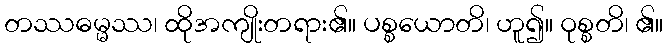
တဿဓမ္မဿ၊ ထိုအကျိုးတရား၏။ ပစ္စယောတိ၊ ဟူ၍။ ဝုစ္စတိ၊ ၏။